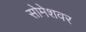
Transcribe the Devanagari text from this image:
सोमेशवर